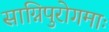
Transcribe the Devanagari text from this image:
साग्निपुरोगमाः